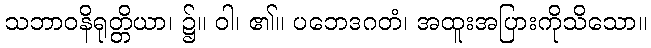
သဘာဝနိရုတ္တိယာ၊ ၌။ ဝါ၊ ၏။ ပဘေဒဂတံ၊ အထူးအပြားကိုသိသော။